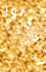
إبدأوا